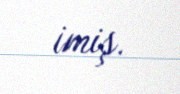
imiş.